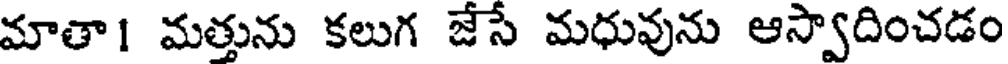
మాతా1 మత్తును కలుగ జేసే మధువును ఆస్వాదించడం